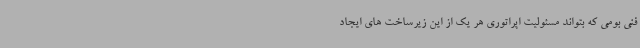
فنی بومی که بتواند مسئولیت اپراتوری هر یک از این زیرساخت های ایجاد